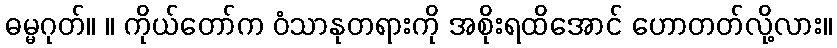
ဓမ္မဂုတ်။ ။ ကိုယ်တော်က ဝံသာနုတရားကို အစိုးရထိအောင် ဟောတတ်လို့လား။